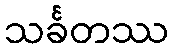
သင်္ခတဿ